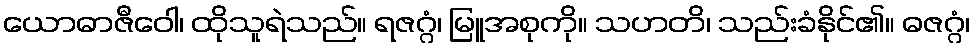
ယောဓာဇီဝေါ၊ ထိုသူရဲသည်။ ရဇဂ္ဂံ၊ မြူအစုကို။ သဟတိ၊ သည်းခံနိုင်၏။ ဓဇဂ္ဂံ၊